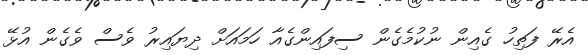
އެރޭ ފަތިހު ގެއިން ނުކުމެގެން ސިފައިންގެއާ ހަމައަށް ދިޔައިރު ވެސް ވެގެން އުޅޭ